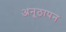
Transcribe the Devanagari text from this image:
अनूठापन